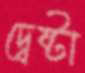
দ্বেষ্টা